画像に写った文字を読んでください
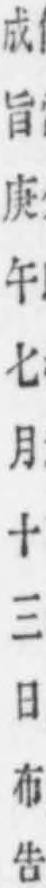
「成旨庚午七月十三日布吿」と書いてあります